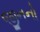
જીનનો